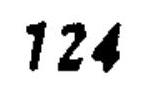
\(124\)